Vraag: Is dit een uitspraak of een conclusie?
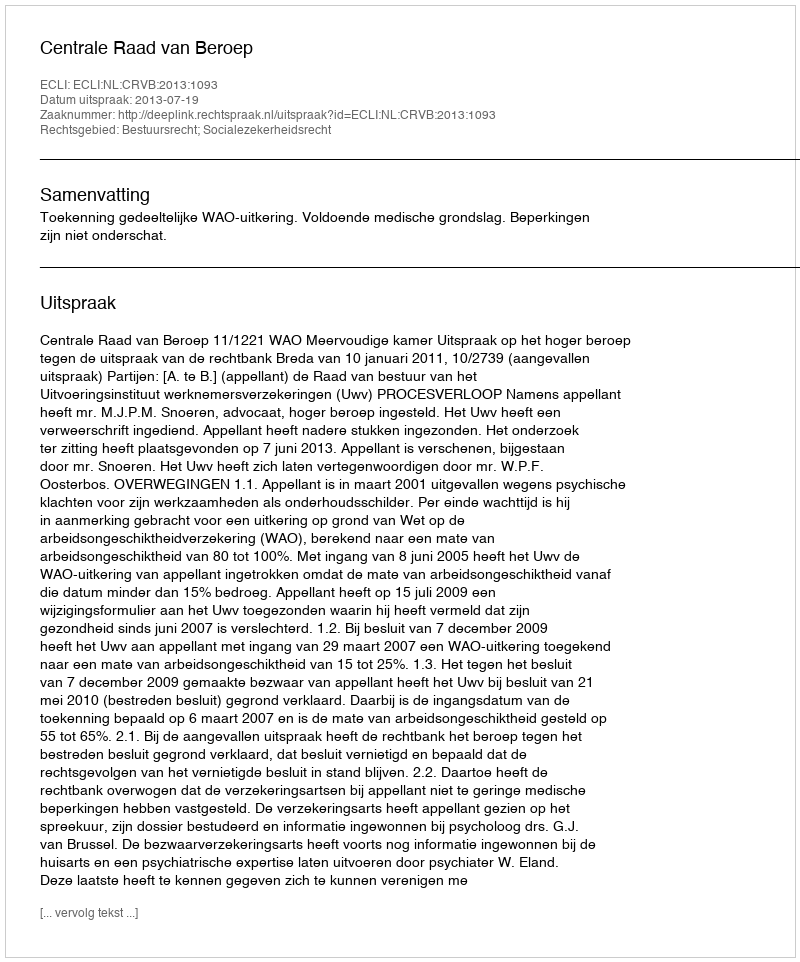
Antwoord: Uitspraak